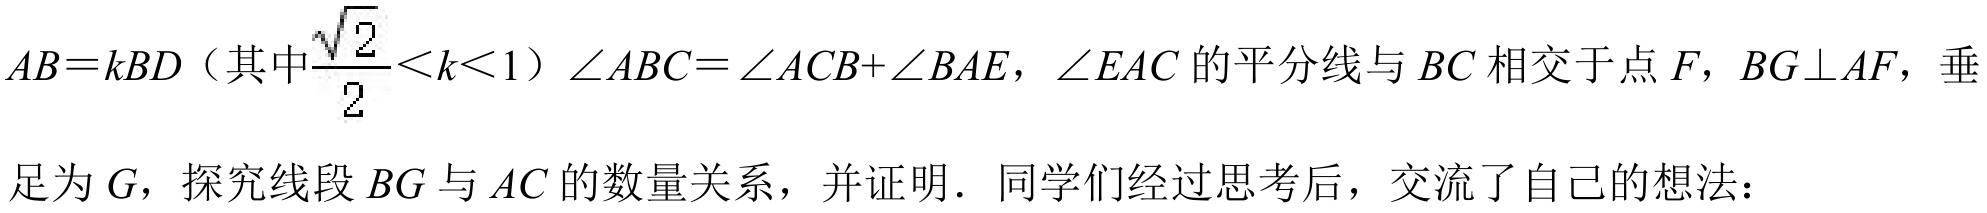
\(AB = kBD\)（其中\(\frac{\sqrt{2}}{2}<k<1\)）\(\angle ABC=\angle ACB + \angle BAE\)，\(\angle EAC\)的平分线与\(BC\)相交于点\(F\)，\(BG\perp AF\)，垂足为\(G\)，探究线段\(BG\)与\(AC\)的数量关系，并证明．同学们经过思考后，交流了自己的想法：